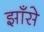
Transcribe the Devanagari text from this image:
झाँसे